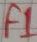
Text: F1